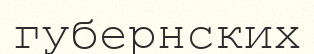
губернских